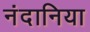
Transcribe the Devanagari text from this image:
नंदानिया